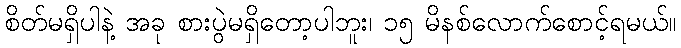
စိတ်မရှိပါနဲ့ အခု စားပွဲမရှိတော့ပါဘူး၊ ၁၅ မိနစ်လောက်စောင့်ရမယ်။